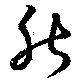
般